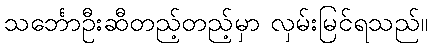
သင်္ဘောဦးဆီတည့်တည့်မှာ လှမ်းမြင်ရသည်။